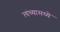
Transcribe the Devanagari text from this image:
त्यंच्यामध्ये